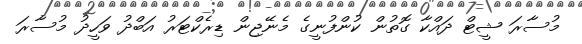
މުސާރަ ޝީޓް ދައްކާ ގޮތުން ކުންފުނީގެ މެނޭޖިން ޑިރެކްޓަރު އަބްދު ވަހީދު މުސާރަ